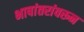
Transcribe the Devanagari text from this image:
भाषांतरांवरून